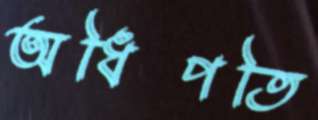
অধিপতি